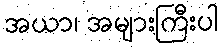
အယာ၊ အများကြီးပါ